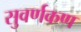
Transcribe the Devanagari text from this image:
सुवर्णकण